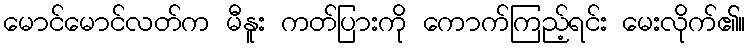
မောင်မောင်လတ်က မီနူး ကတ်ပြားကို ကောက်ကြည့်ရင်း မေးလိုက်၏။